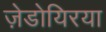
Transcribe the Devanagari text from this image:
ज़ेडोयिरया